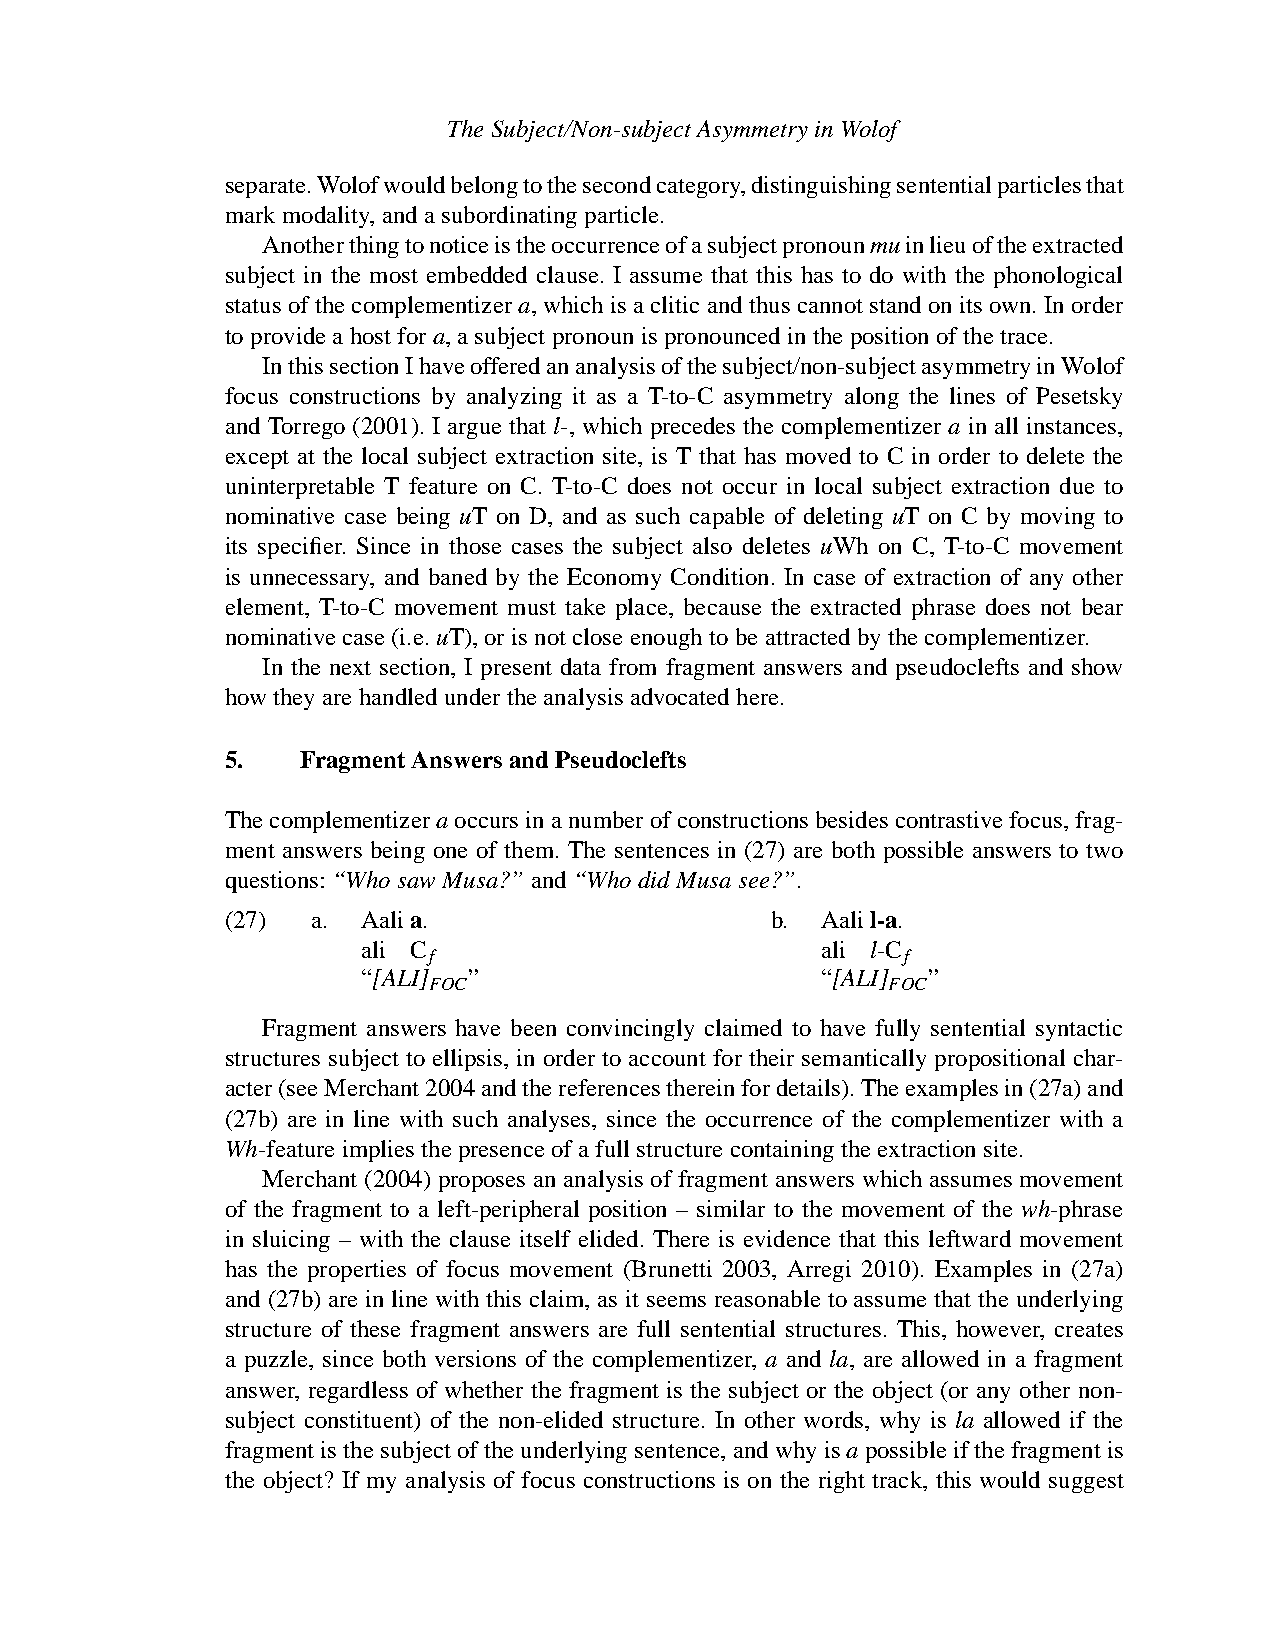
TheSubject/Non-subject AsymmetryinWolof
 separate.Wolofwouldbelongtothesecondcategory,distinguishingsententialparticlesthat
 markmodality,andasubordinating particle.
 Anotherthingtonoticeistheoccurrenceofasubjectpronounmuinlieuoftheextracted
 subject in the most embedded clause. I assume that this has to do with the phonological
 status of the complementizer a, which is a clitic and thus cannot stand on its own. In order
 toprovideahostfora,asubjectpronounispronouncedinthepositionofthetrace.
 InthissectionIhaveofferedananalysisofthesubject/non-subjectasymmetryinWolof
 focus constructions by analyzing it as a T-to-C asymmetry along the lines of Pesetsky
 and Torrego (2001). I argue that l-, which precedes the complementizer a in all instances,
 except at the local subject extraction site, is T that has moved to C in order to delete the
 uninterpretable T feature on C. T-to-C does not occur in local subject extraction due to
 nominative case being uT on D, and as such capable of deleting uT on C by moving to
 its specifier. Since in those cases the subject also deletes uWh on C, T-to-C movement
 is unnecessary, and baned by the Economy Condition. In case of extraction of any other
 element, T-to-C movement must take place, because the extracted phrase does not bear
 nominative case(i.e.uT),orisnotcloseenoughtobeattractedbythecomplementizer.
 In the next section, I present data from fragment answers and pseudoclefts and show
 howtheyarehandledundertheanalysisadvocatedhere.
 5.   FragmentAnswersandPseudoclefts
 Thecomplementizeraoccursinanumberofconstructionsbesidescontrastivefocus,frag-
 ment answers being one of them. The sentences in (27) are both possible answers to two
 questions:“WhosawMusa?”and“WhodidMusasee?”.
 (27)  a. Aalia.                     b. Aalil-a.
 ali C                         ali l-C
 f                               f
 “[ALI] ”                      “[ALI] ”
 FOC                            FOC
 Fragment answers have been convincingly claimed to have fully sentential syntactic
 structures subject to ellipsis, in order to account for their semantically propositional char-
 acter(seeMerchant2004andthereferencesthereinfordetails).Theexamplesin(27a)and
 (27b) are in line with such analyses, since the occurrence of the complementizer with a
 Wh-featureimpliesthepresenceofafullstructurecontainingtheextractionsite.
 Merchant (2004) proposes an analysis of fragment answers which assumes movement
 of the fragment to a left-peripheral position – similar to the movement of the wh-phrase
 in sluicing – with the clause itself elided. There is evidence that this leftward movement
 has the properties of focus movement (Brunetti 2003, Arregi 2010). Examples in (27a)
 and (27b) are in line with this claim, as it seems reasonable to assume that the underlying
 structure of these fragment answers are full sentential structures. This, however, creates
 a puzzle, since both versions of the complementizer, a and la, are allowed in a fragment
 answer, regardless of whether the fragment is the subject or the object (or any other non-
 subject constituent) of the non-elided structure. In other words, why is la allowed if the
 fragmentisthesubjectoftheunderlyingsentence,andwhyisapossibleifthefragmentis
 the object? If my analysis of focus constructions is on the right track, this would suggest